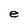
Character: e